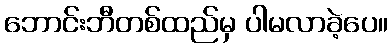
ဘောင်းဘီတစ်ထည်မှ ပါမလာခဲ့ပေ။